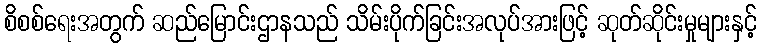
စိစစ်ရေးအတွက် ဆည်မြောင်းဌာနသည် သိမ်းပိုက်ခြင်းအလုပ်အားဖြင့် ဆုတ်ဆိုင်းမှုများနှင့်